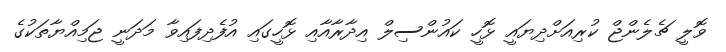
ވޮލީ ޗެލެންޖް ކުރިއަށްދިޔައީ ޅޮހީ ކައުންސިލް އިދާރާއާއި ޅޮހީގައި އުފެދިފައިވާ މަދަނީ ޖަމިއްޔާތަކުގެ